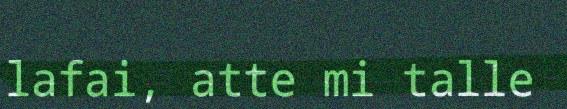
lafai, atte mi talle